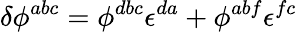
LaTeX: \delta\phi^{abc}=\phi^{dbc}\epsilon^{da}+\phi^{abf}\epsilon^{fc}